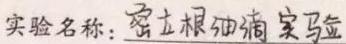
实验名称：密立根油滴实验